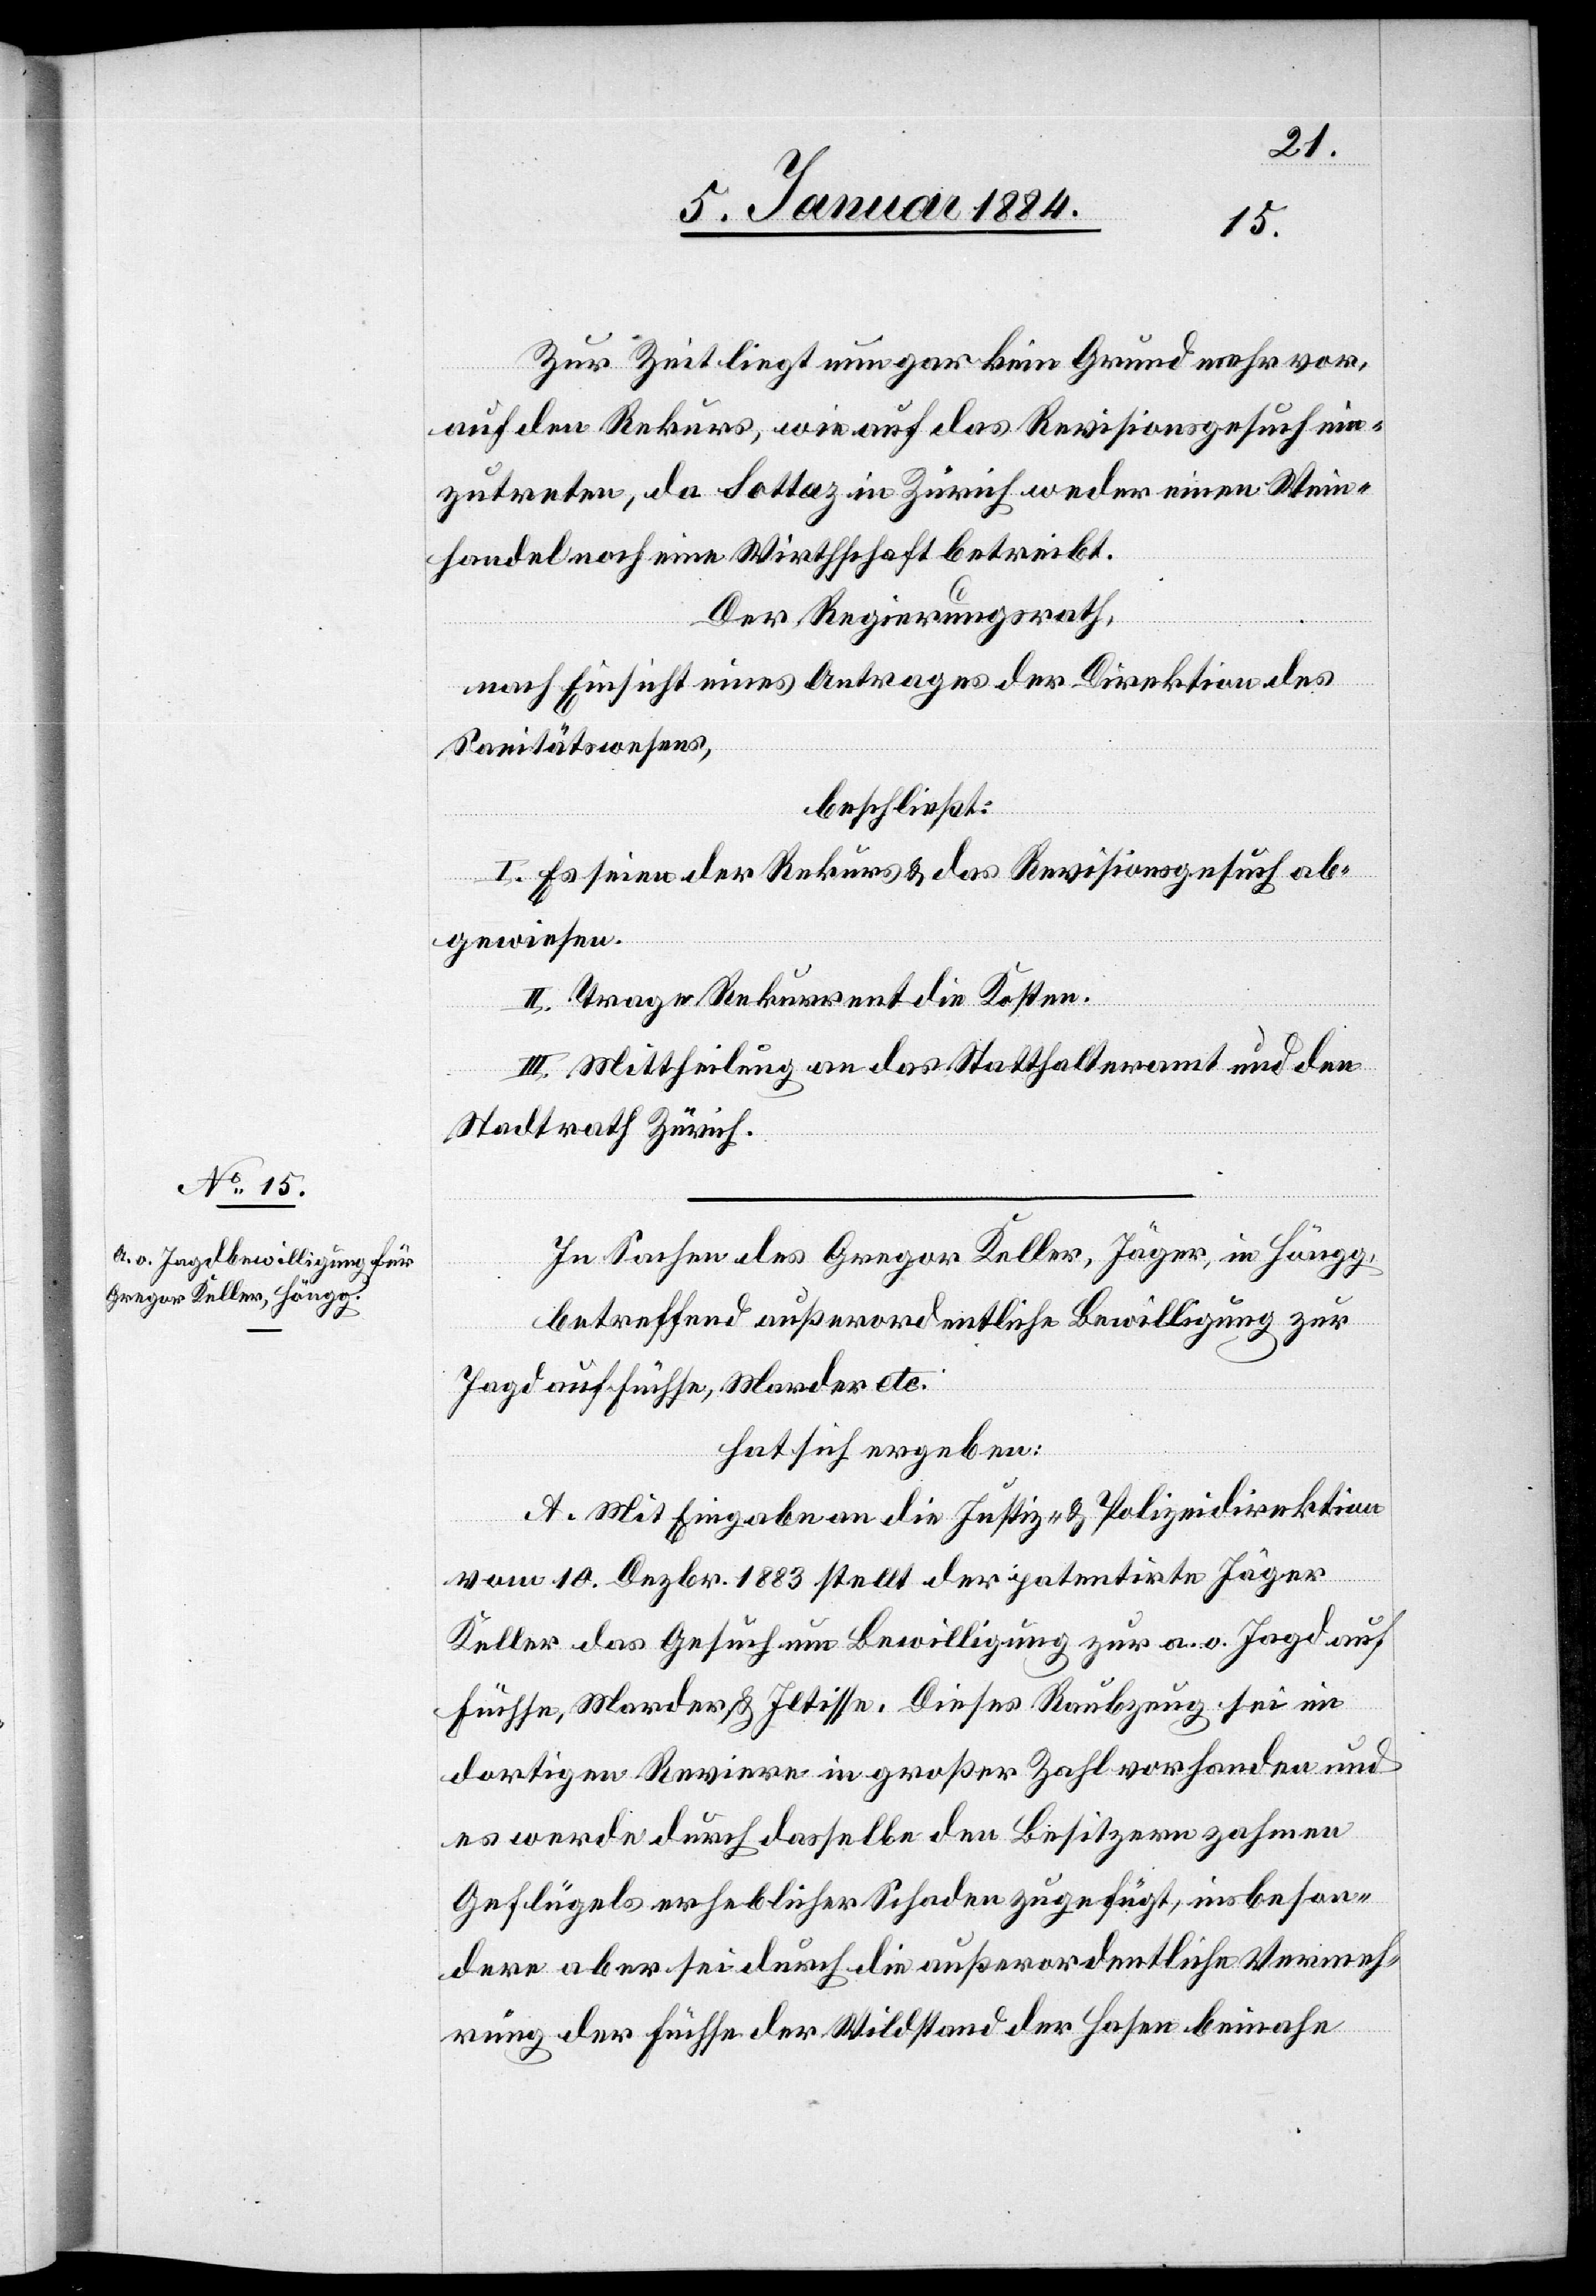
Zur Zeit liegt nun gar kein Grund mehr vor,
auf den Rekurs, wie auf das Revisionsgesuch ein¬
zutreten, da Sottaz in Zürich weder einen Wein¬
handel noch eine Wirtschaft betreibt.
Der Regierungsrath,
nach Einsicht eines Antrages der Direktion des
Sanitätswesens,
beschließt:
I. Es seien der Rekurs & das Revisionsgesuch ab¬
gewiesen.
II. Trage Rekurrent die Kosten.
III. Mittheilung an das Statthalteramt und den
Stadtrath Zürich.
In Sachen des Gregor Keller, Jäger, in Höngg,
betreffend außerordentlicher Bewilligung zur
Jagd auf Füchse, Marder etc.
hat sich ergeben:
A. Mit Eingabe an die Justiz- & Polizeidirektion
vom 10. Dezbr. 1883 stellt der patentirte Jäger
Keller das Gesuch um Bewilligung zur a. o. Jagd auf
Füchse, Marder & Iltisse. Dieses Raubzeug sei in
dortigen Revieren in großer Zahl vorhanden und
es werde durch dasselbe den Besitzern zahmen
Geflügels erheblicher Schaden zugefügt, insbeson¬
dere aber sei durch die außerordentliche Vermeh¬
rung der Füchse der Wildstand der Hasen beinahe